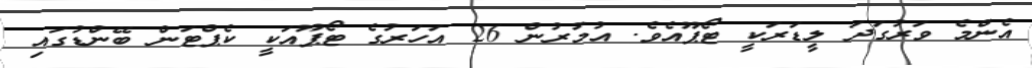
އެންމެ ވަރުގަދަ ލީޑަރަކީ ޓޯޕޫއެވެ. އުމުރުން 26 އަހަރުގެ ޓޯޕޫއަކީ ކެޕްޓަން ބޭންޑުގައި